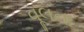
વૂલના